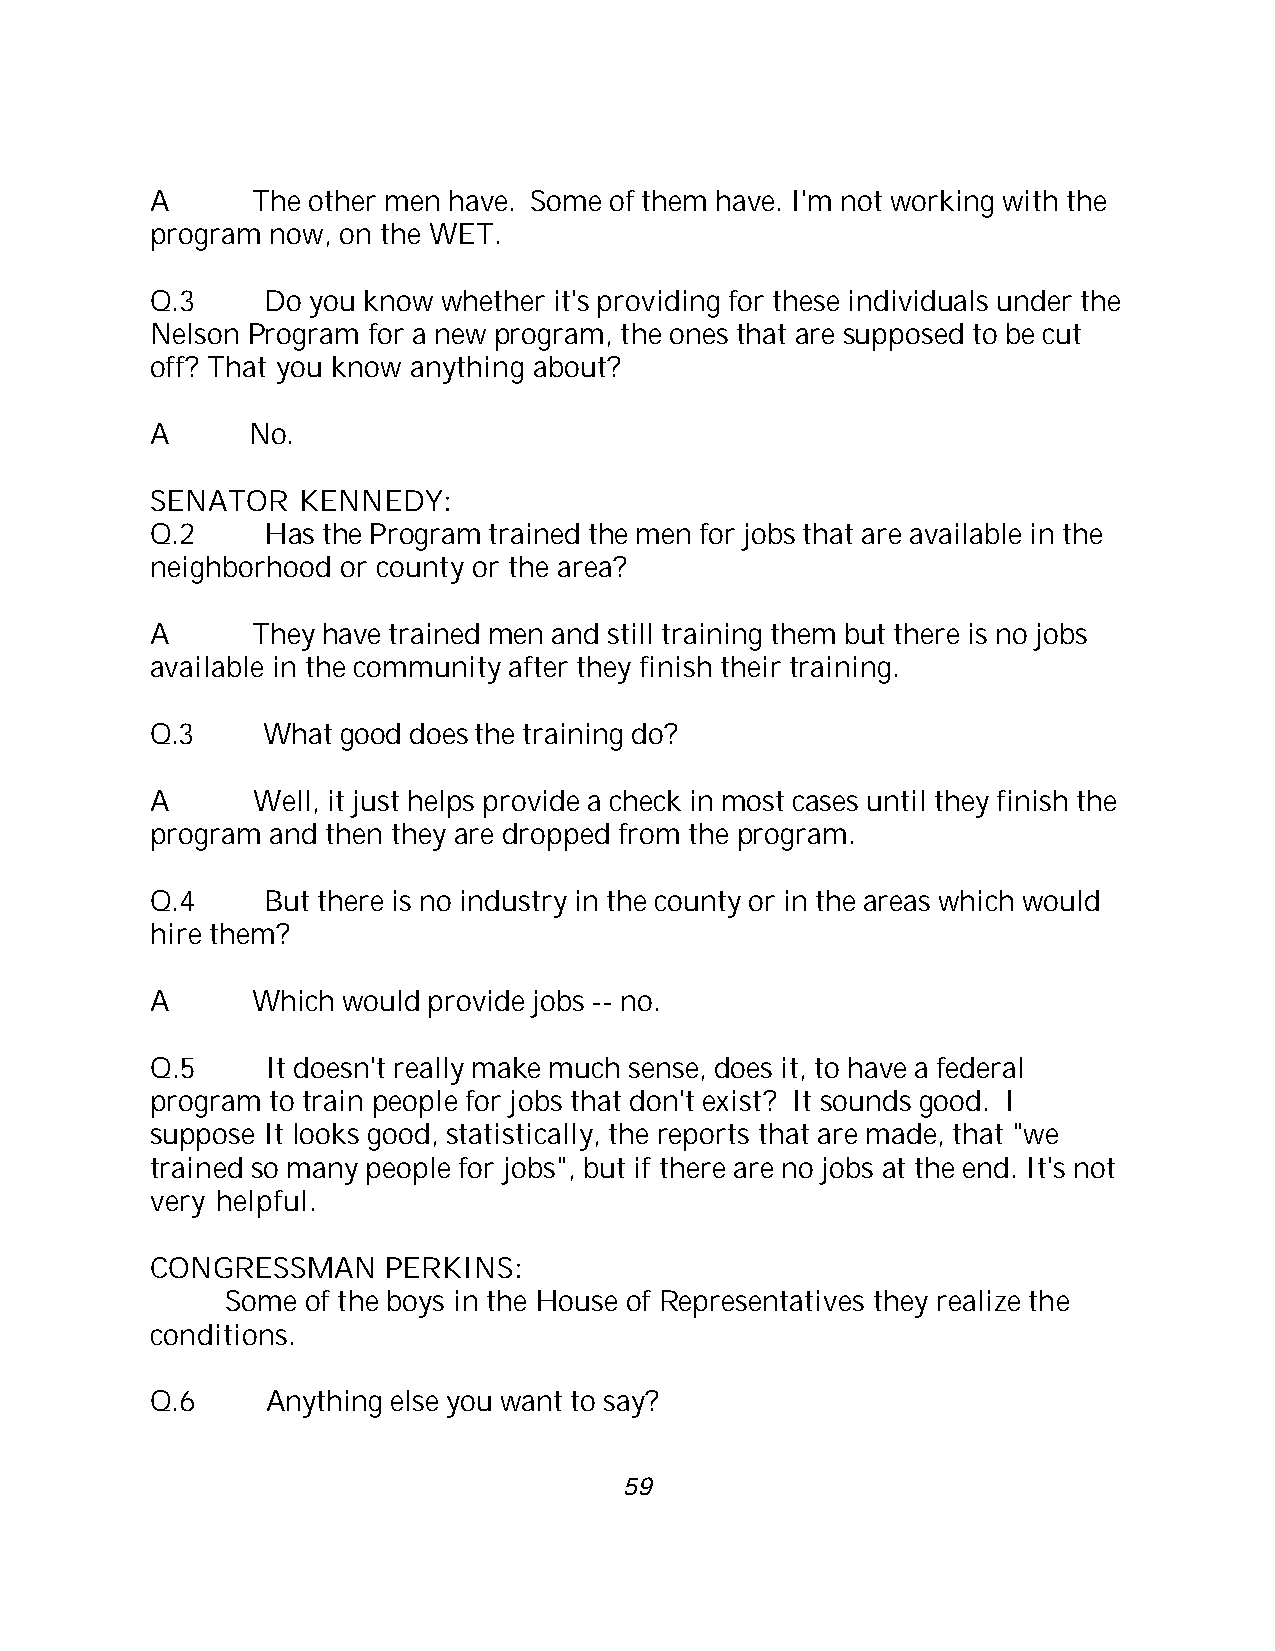
A      The other men have. Some of them have. I'm not working with the
 program now, on the WET.
 Q.3     Do you know whether it's providing for these individuals under the
 Nelson Program for a new program, the ones that are supposed to be cut
 off? That you know anything about?
 A     No.
 SENATOR   KENNEDY:
 Q.2     Has the Program trained the men for jobs that are available in the
 neighborhood or county or the area?
 A      They have trained men and still training them but there is no jobs
 available in the community after they finish their training.
 Q.3    What  good does the training do?
 A      Well, it just helps provide a check in most cases until they finish the
 program and then they are dropped from the program.
 Q.4     But there is no industry in the county or in the areas which would
 hire them?
 A      Which would provide jobs -- no.
 Q.5     It doesn't really make much sense, does it, to have a federal
 program to train people for jobs that don't exist? It sounds good. I
 suppose It looks good, statistically, the reports that are made, that "we
 trained so many people for jobs", but if there are no jobs at the end. It's not
 very helpful.
 CONGRESSMAN     PERKINS:
 Some of the boys in the House of Representatives they realize the
 conditions.
 Q.6     Anything else you want to say?
 59